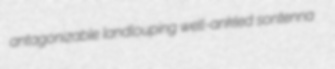
antagonizable landlouping well-ankled sontenna